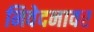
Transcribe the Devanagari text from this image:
निवेदनावर